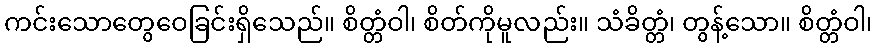
ကင်းသောတွေဝေခြင်းရှိသေည်။ စိတ္တံဝါ၊ စိတ်ကိုမူလည်း။ သံခိတ္တံ၊ တွန့်သော။ စိတ္တံဝါ၊